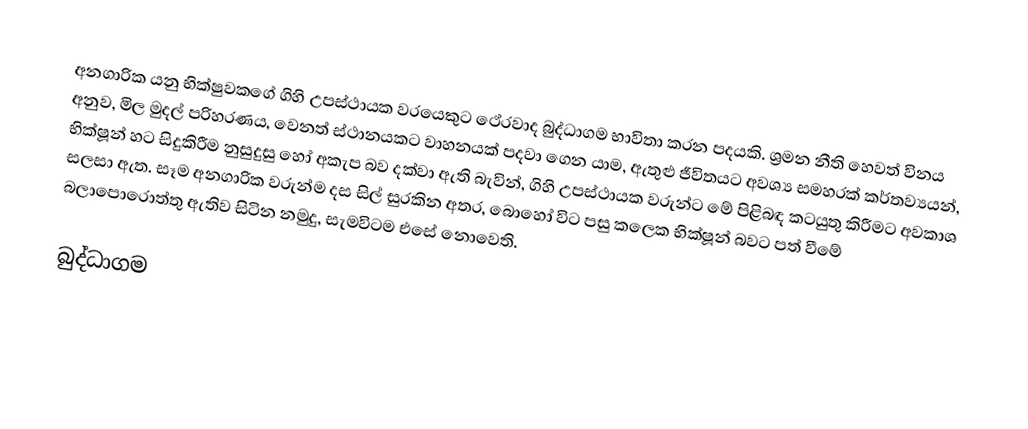
අනගාරික යනු භික්ෂුවකගේ ගිහි උපස්ථායක වරයෙකුට ථේරවාද බුද්ධාගම භාවිතා කරන පදයකි.  ශ්‍රමන නීති හෙවත් විනය  අනුව, මිල මුදල් පරිහරණය, වෙනත් ස්ථානයකට වාහනයක් පදවා ගෙන යාම, ඇතුළු ජීවිතයට අවශ්‍ය සමහරක් කර්තව්‍යයන්, භික්ෂූන් හට සිදුකිරීම නුසුදුසු හෝ අකැප බව දක්වා ඇති බැවින්,  ගිහි උපස්ථායක වරුන්ට මේ පිළිබඳ කටයුතු කිරීමට අවකාශ සලසා ඇත.  සෑම අනගාරික වරුන්ම දස සිල් සුරකින අතර, බොහෝ විට පසු කලෙක භික්ෂූන් බවට පත් වීමේ බලාපොරොත්තු ඇතිව සිටින නමුදු, සැමවිටම එසේ නොවෙති.

බුද්ධාගම